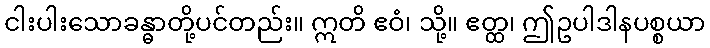
ငါးပါးသောခန္ဓာတို့ပင်တည်း။ ဣတိ ဧဝံ၊ သို့။ ဧတ္ထ၊ ဤဥပါဒါနပစ္စယာ